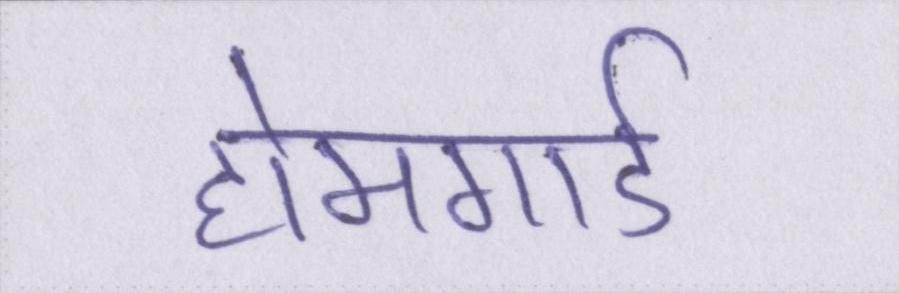
होमगार्ड